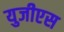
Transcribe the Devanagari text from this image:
युजीएस